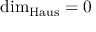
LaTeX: \dim _ { \operatorname { H a u s } } = 0